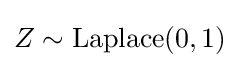
Z\sim {\textrm {Laplace}}(0,1)